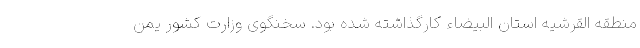
منطقه القرشیه استان البیضاء کارگذاشته شده بود. سخنگوی وزارت کشور یمن